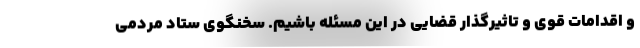
و اقدامات قوی و تاثیرگذار قضایی در این مسئله باشیم. سخنگوی ستاد مردمی